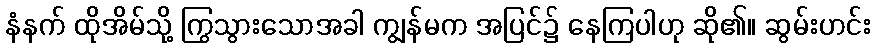
နံနက် ထိုအိမ်သို့ ကြွသွားသောအခါ ကျွန်မက အပြင်၌ နေကြပါဟု ဆို၏။ ဆွမ်းဟင်း